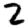
Digit: 2